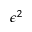
\epsilon ^ { 2 }